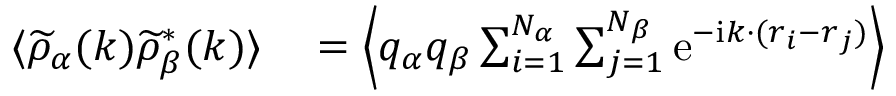
\begin{array} { r l } { \langle \widetilde { \rho } _ { \alpha } ( \boldsymbol { k } ) \widetilde { \rho } _ { \beta } ^ { * } ( \boldsymbol { k } ) \rangle } & { { } = \left\langle q _ { \alpha } q _ { \beta } \sum _ { i = 1 } ^ { N _ { \alpha } } \sum _ { j = 1 } ^ { N _ { \beta } } \mathrm { e } ^ { - \mathrm { i } \boldsymbol { k \cdot } ( \boldsymbol { r } _ { i } - \boldsymbol { r } _ { j } ) } \right\rangle } \end{array}